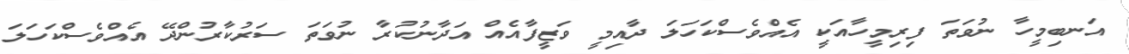
އަނބިމީހާ ނުވަތަ ފިރިމީހާއަކީ އެއްވެސްކަހަލަ ދާއިމީ ވަޒީފާއެއް އަދާނުކުރާ ނުވަތަ ސަރުކާރުންދޭ އެއްވެސްކަހަލަ